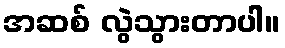
အဆစ် လွဲသွားတာပါ။